system: You are a helpful assistant.
user:
Analyze the provided spectrum to determine if it is a **M-type Giant (gM)**.

A M-type Giant spectrum is defined by its **strong molecular absorption** features, particularly from **Titanium Oxide (TiO)**. You must check for one of the following mutually exclusive signatures:

- **Key Visual Indicators (Absorption-Dominated Spectrum):**

    - **(Primary):** The spectrum is dominated by strong molecular absorption from **Titanium Oxide (TiO)**. This is the **defining feature** of its M-type temperature class.
        - **(Key Bandheads):** Look for sharp, "saw-tooth" absorption valleys. The strongest are located near **~7050 Å**, **~6160 Å**, and **~5170 Å**.
        - **(Line Profile):** The "saw-tooth" morphology is critical: a **sharp, steep drop on the BLUE (short-wavelength) side** of the bandhead, followed by a gradual recovery (rising flux) towards the RED (long-wavelength) side.

    - **(Key Confirmation - Giant vs. Dwarf):** **ABSENCE** of strong **Calcium Hydride (CaH)** molecular bands. This is the primary diagnostic for *excluding* M-dwarfs.
        - **(Key Region):** The spectrum should lack the strong, broad absorption band seen in dwarfs between **~6800 Å and ~7000 Å**.

    - **(Secondary Confirmation - Giant):** A very strong and broad **Neutral Calcium (Ca I)** atomic absorption line.
        - **(Key Line):** Located at **~4226 Å**. In a giant (gM), this line is significantly deeper and broader than the same line in an M-dwarf (dM) due to low surface gravity.

    - **(Overall Spectrum):**
        - The continuum is **extremely red-sloping** (i.e., flux is very low in the blue and rises dramatically towards the red).
        - The entire spectrum appears "chopped up" by the deep TiO bands.

Think first, call **spectral_visualization_tool** if needed to examine features in detail, then provide your final answer. Your response must adhere to the following strict rules:
1.  **Overall Structure:** Your response must follow the format `<think>...</think> <tool_call>...</tool_call> (if a tool is used) <answer>...</answer>`.
2.  **Tool Usage Constraint:** You may only make **one** tool call per turn.
3.  **Final Answer Format:** In the `<answer>` tag, your conclusion must be inside a `\boxed{}` command (e.g., `\boxed{YES}` or `\boxed{NO}`), followed by your justification.

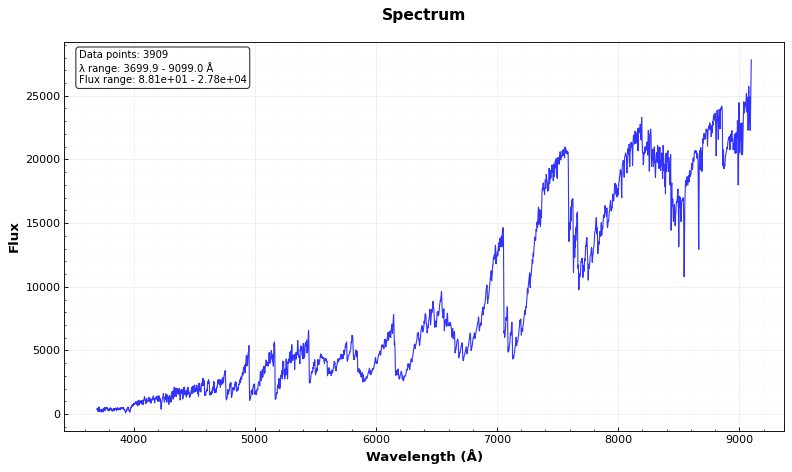
Answer: YES